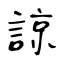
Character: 諒